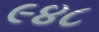
૯૪૮